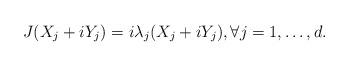
LaTeX: \begin{align*}J (X_j+ i Y_j) = i \lambda_j (X_j+iY_j), \forall j =1,\ldots,d.\end{align*}